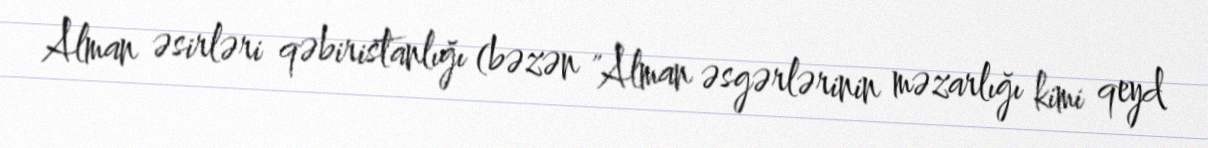
Alman əsirləri qəbiristanlığı (bəzən "Alman əsgərlərinin məzarlığı kimi qeyd